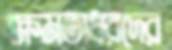
ক্ষমতাধরদের